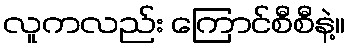
လူကလည်း ကြောင်စီစီနဲ့။